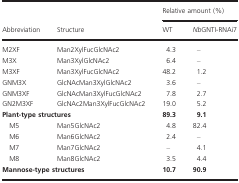
<table><thead><tr><td rowspan="2"><b>Abbreviation</b></td><td rowspan="2"><b>Structure</b></td><td colspan="2"><b>Relative amount (%)</b></td></tr><tr><td><b>WT</b></td><td><b><i>Nb</i>GNTI‐RNAi7</b></td></tr></thead><tbody><tr><td>M2XF</td><td>Man2XylFucGlcNAc2</td><td>4.3</td><td>–</td></tr><tr><td>M3X</td><td>Man3XylGlcNAc2</td><td>6.4</td><td>–</td></tr><tr><td>M3XF</td><td>Man3XylFucGlcNAc2</td><td>48.2</td><td>1.2</td></tr><tr><td>GNM3X</td><td>GlcNAcMan3XylGlcNAc2</td><td>3.6</td><td>–</td></tr><tr><td>GNM3XF</td><td>GlcNAcMan3XylFucGlcNAc2</td><td>7.8</td><td>2.7</td></tr><tr><td>GN2M3XF</td><td>GlcNAc2Man3XylFucGlcNAc2</td><td>19.0</td><td>5.2</td></tr><tr><td colspan="2"><b>Plant‐type structures</b></td><td><b>89.3</b></td><td><b>9.1</b></td></tr><tr><td>M5</td><td>Man5GlcNAc2</td><td>4.8</td><td>82.4</td></tr><tr><td>M6</td><td>Man6GlcNAc2</td><td>2.4</td><td>–</td></tr><tr><td>M7</td><td>Man7GlcNAc2</td><td>–</td><td>4.1</td></tr><tr><td>M8</td><td>Man8GlcNAc2</td><td>3.5</td><td>4.4</td></tr><tr><td colspan="2"><b>Mannose‐type structures</b></td><td><b>10.7</b></td><td><b>90.9</b></td></tr></tbody></table>